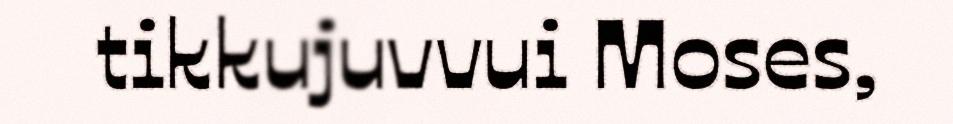
tikkujuvvui Moses,